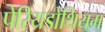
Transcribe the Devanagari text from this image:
पेरियडोंथियम